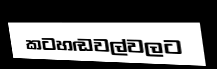
කටහඬවල්වලට